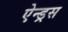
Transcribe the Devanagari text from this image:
ऐन्ड्रस